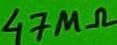
Text: 47MΩ